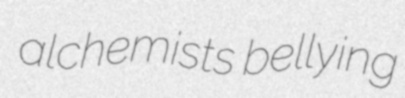
alchemists bellying